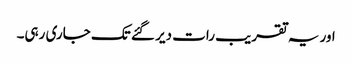
اور یہ تقریب رات دیر گئے تک جاری رہی۔